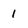
Character: 1